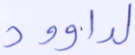
لداوود